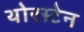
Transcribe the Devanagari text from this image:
थोरस्टेन